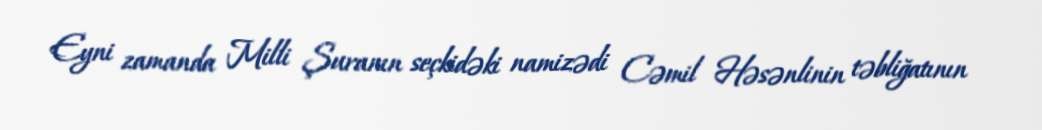
Eyni zamanda Milli Şuranın seçkidəki namizədi Cəmil Həsənlinin təbliğatının